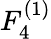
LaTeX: {F}_{4}^{(1)}